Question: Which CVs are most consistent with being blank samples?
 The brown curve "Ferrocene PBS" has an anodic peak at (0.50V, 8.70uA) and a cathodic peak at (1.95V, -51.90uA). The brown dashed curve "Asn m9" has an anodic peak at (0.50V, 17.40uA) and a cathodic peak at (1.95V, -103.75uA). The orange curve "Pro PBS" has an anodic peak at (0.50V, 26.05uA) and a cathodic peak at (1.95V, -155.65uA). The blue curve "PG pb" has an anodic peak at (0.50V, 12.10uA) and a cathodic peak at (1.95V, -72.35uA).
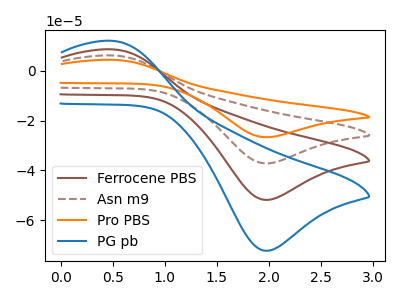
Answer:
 <answer>There are not any CV's on this graph that are likely to be blanks.</answer>
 <eval>none</eval>